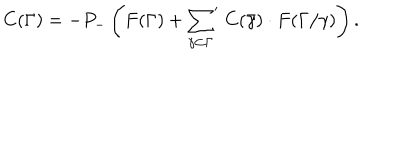
C ( \Gamma ) = - P _ { - } \left( F ( \Gamma ) + { \sum _ { \gamma \subset \Gamma } } ^ { \prime } \; C ( \bar { \gamma } ) \cdot F ( \Gamma / \gamma ) \right) .